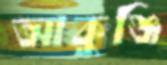
আকুঞ্জি